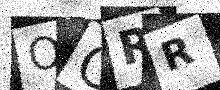
Text: OCRR